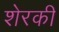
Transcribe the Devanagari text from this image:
शेरकी